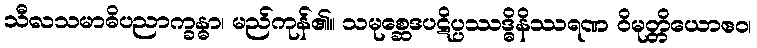
သီလသမာဓိပညာက္ခန္ဓာ၊ မည်ကုန်၏။ သမုစ္ဆေဒပဋိပ္ပဿဒ္ဓိနိဿရဏ ဝိမုတ္တိယောဧဝ၊